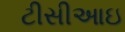
ટીસીઆઇ